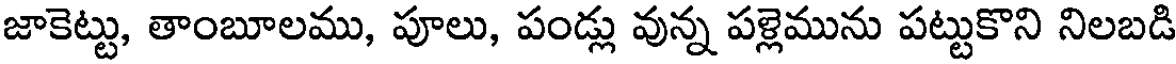
జాకెట్టు, తాంబూలము, పూలు, పండ్లు వున్న పళ్లెమును పట్టుకొని నిలబడి